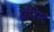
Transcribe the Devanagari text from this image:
ग्रीनेस्ट